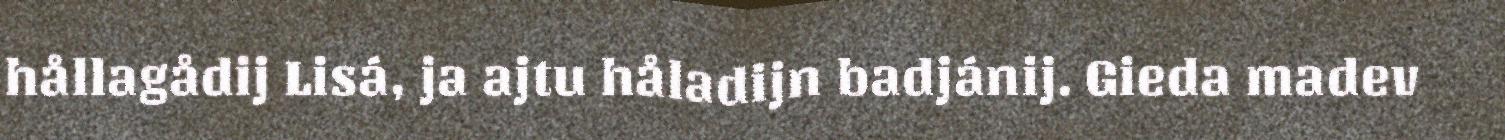
hållagådij Lisá, ja ajtu håladijn badjánij. Gieda madev